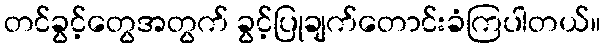
တင်ခွင့်တွေအတွက် ခွင့်ပြုချက်တောင်းခံကြပါတယ်။